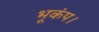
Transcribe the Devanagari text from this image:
भूकंप।